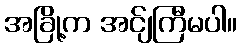
အခြို့က အင်ျကြီမပါ။